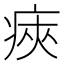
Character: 㾜